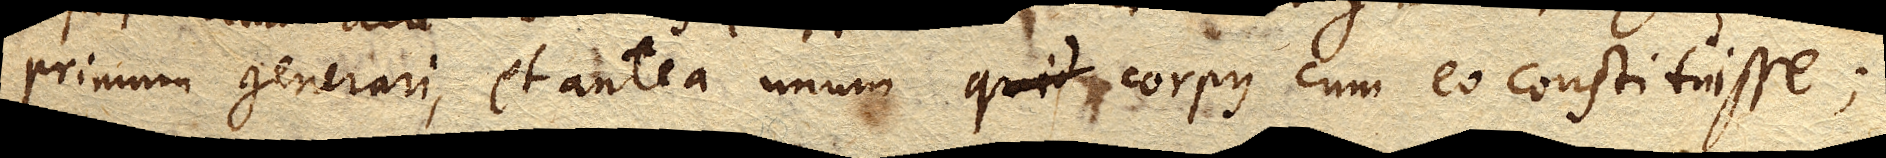
primum generari, et antea unum quid corpus cum eo constituisse;